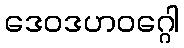
ဒေဝဒဟဝဂ္ဂေါ